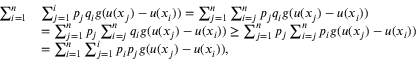
\begin{array} { r l } { \sum _ { i = 1 } ^ { n } } & { \sum _ { j = 1 } ^ { i } p _ { j } q _ { i } g ( u ( x _ { j } ) - u ( x _ { i } ) ) = \sum _ { j = 1 } ^ { n } \sum _ { i = j } ^ { n } p _ { j } q _ { i } g ( u ( x _ { j } ) - u ( x _ { i } ) ) } \\ & { = \sum _ { j = 1 } ^ { n } p _ { j } \sum _ { i = j } ^ { n } q _ { i } g ( u ( x _ { j } ) - u ( x _ { i } ) ) \geq \sum _ { j = 1 } ^ { n } p _ { j } \sum _ { i = j } ^ { n } p _ { i } g ( u ( x _ { j } ) - u ( x _ { i } ) ) } \\ & { = \sum _ { i = 1 } ^ { n } \sum _ { j = 1 } ^ { i } p _ { i } p _ { j } g ( u ( x _ { j } ) - u ( x _ { i } ) ) , } \end{array}